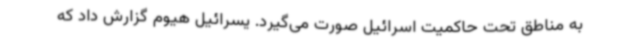
به مناطق تحت حاکمیت اسرائیل صورت می‌گیرد. یسرائیل هیوم گزارش داد که